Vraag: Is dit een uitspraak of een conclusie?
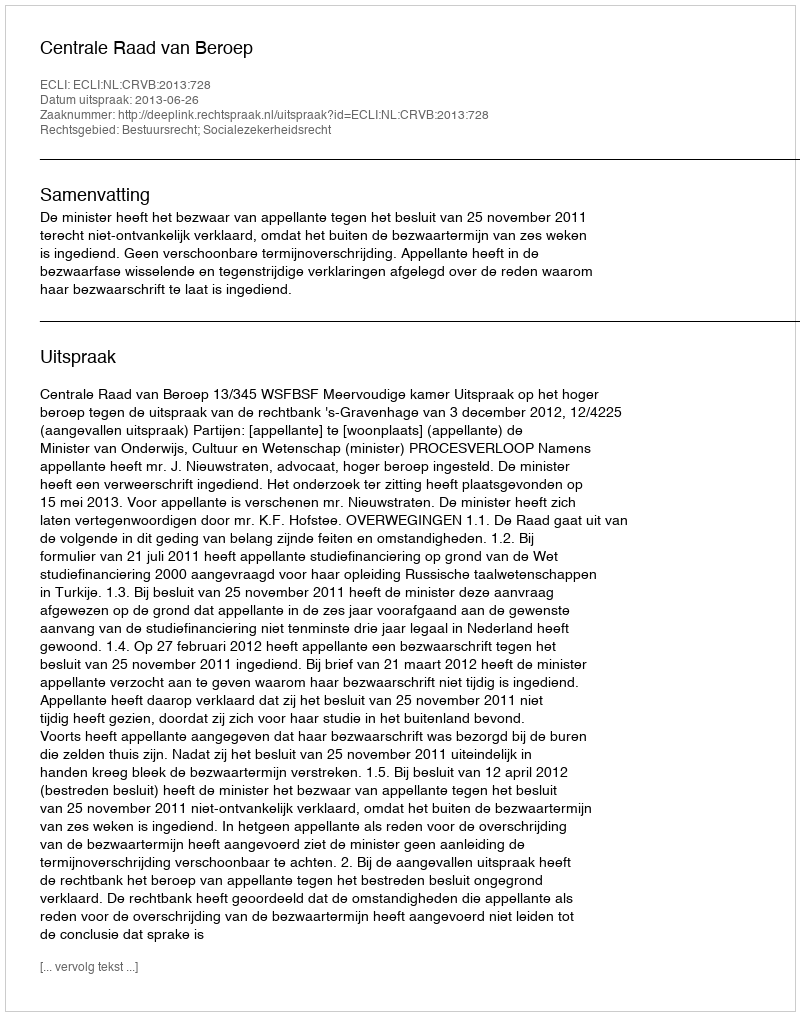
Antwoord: Uitspraak